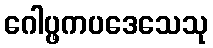
ဂေါပ္ဖကပဒေသေသု